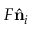
F \hat { \bf n } _ { i }